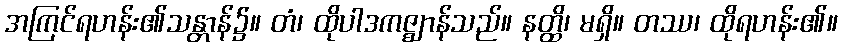
အကြင်ရဟန်း၏သန္တာန်၌။ တံ၊ ထိုပါဒကဇ္ဈာန်သည်။ နတ္ထိ၊ မရှိ။ တဿ၊ ထိုရဟန်း၏။